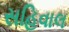
સહિવાલ